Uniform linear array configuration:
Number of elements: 24
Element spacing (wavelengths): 0.75
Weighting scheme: kaiser
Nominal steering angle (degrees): -60
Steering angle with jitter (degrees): -61.349
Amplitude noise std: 0.05
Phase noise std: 0.05

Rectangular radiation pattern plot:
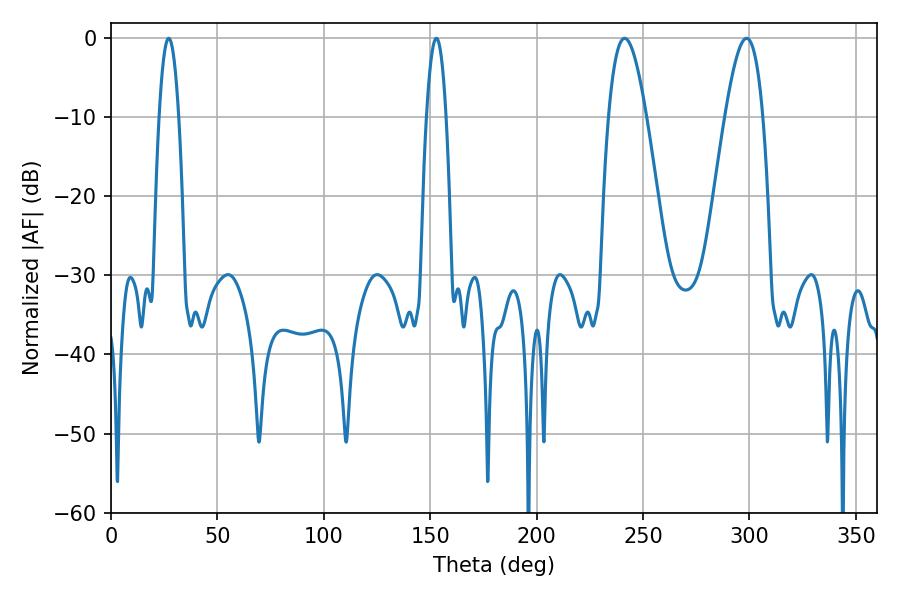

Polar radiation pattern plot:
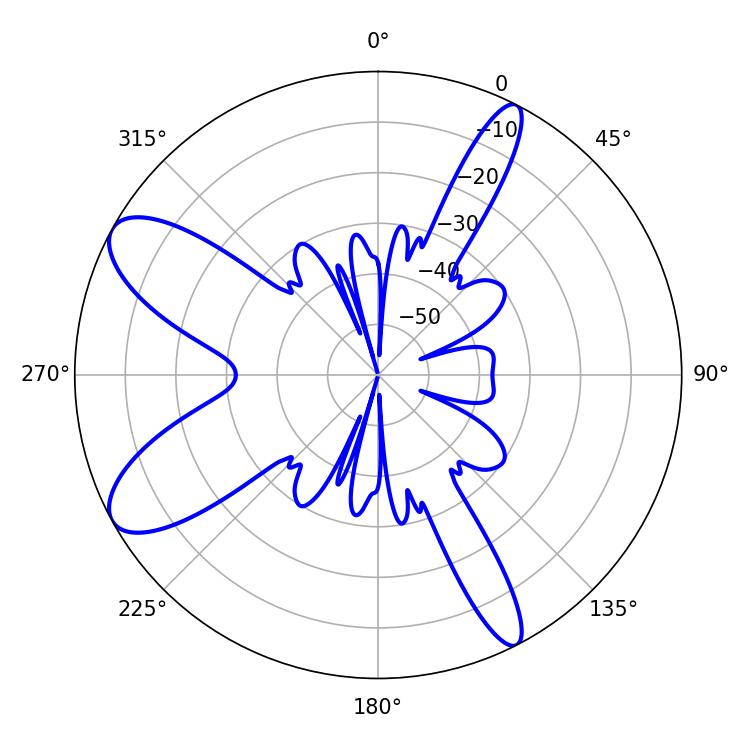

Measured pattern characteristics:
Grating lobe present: TRUE
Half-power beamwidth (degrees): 9.72
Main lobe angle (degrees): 241.38